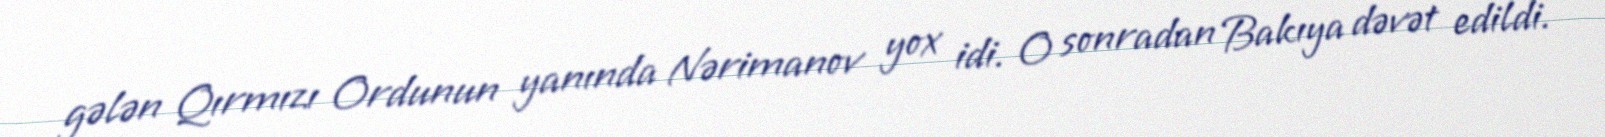
gələn Qırmızı Ordunun yanında Nərimanov yox idi. O sonradan Bakıya dəvət edildi.